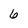
Character: 6